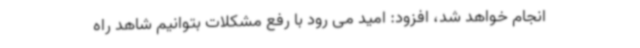
انجام خواهد شد، افزود: امید می رود با رفع مشکلات بتوانیم شاهد راه